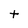
Character: t